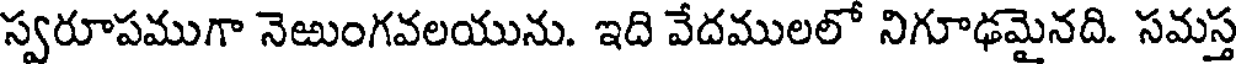
స్వరూపముగా నెఱుంగవలయును. ఇది వేదములలో నిగూఢమైనది. సమస్త